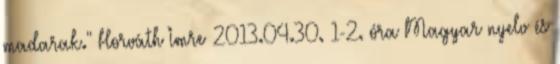
madarak." Horváth Imre 2013.04.30. 1-2. óra Magyar nyelv és